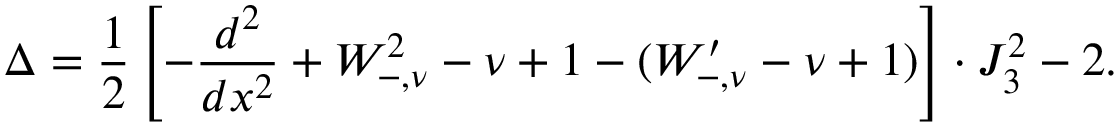
\Delta = \frac { 1 } { 2 } \left[ - \frac { d ^ { 2 } } { d x ^ { 2 } } + W _ { - , \nu } ^ { 2 } - \nu + 1 - ( W _ { - , \nu } ^ { \prime } - \nu + 1 ) \right] \cdot J _ { 3 } ^ { 2 } - 2 .